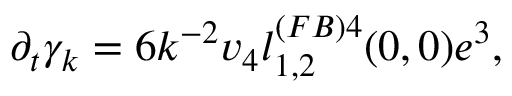
\partial _ { t } \gamma _ { k } = 6 k ^ { - 2 } v _ { 4 } l _ { 1 , 2 } ^ { ( F B ) 4 } ( 0 , 0 ) e ^ { 3 } ,